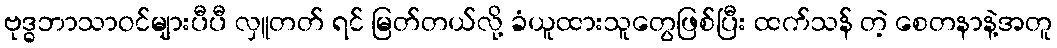
ဗုဒ္ဓဘာသာဝင်များပီပီ လှူတတ် ရင် မြတ်တယ်လို့ ခံယူထားသူတွေဖြစ်ပြီး ထက်သန် တဲ့ စေတနာနဲ့အတူ